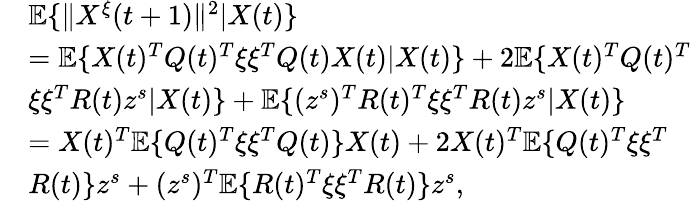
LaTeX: \begin{array}{rl}&{\mathbb{E}\{ \| X^{\xi}(t+1)\| ^{2}|X(t)\} }\\ &{=\mathbb{E}\{ X(t)^{T}Q(t)^{T}\xi\xi^{T}Q(t)X(t)|X(t)\} +2\mathbb{E}\{ X(t)^{T}Q(t)^{T}}\\ &{\xi\xi^{T}R(t)z^{s}|X(t)\} +\mathbb{E}\{ (z^{s})^{T}R(t)^{T}\xi\xi^{T}R(t)z^{s}|X(t)\} }\\ &{=X(t)^{T}\mathbb{E}\{ Q(t)^{T}\xi\xi^{T}Q(t)\} X(t)+2X(t)^{T}\mathbb{E}\{ Q(t)^{T}\xi\xi^{T}}\\ &{R(t)\} z^{s}+(z^{s})^{T}\mathbb{E}\{ R(t)^{T}\xi\xi^{T}R(t)\} z^{s},}\end{array}